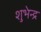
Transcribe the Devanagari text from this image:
शुभेन्द्र